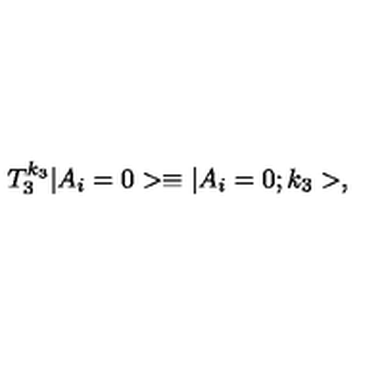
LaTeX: T _ { 3 } ^ { k _ { 3 } } | A _ { i } = 0 > \equiv | A _ { i } = 0 ; k _ { 3 } > ,